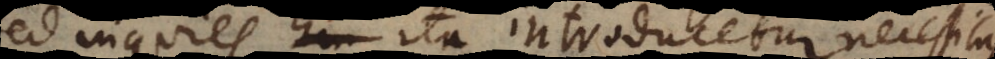
Sed inquies ita introducetur necessitas,